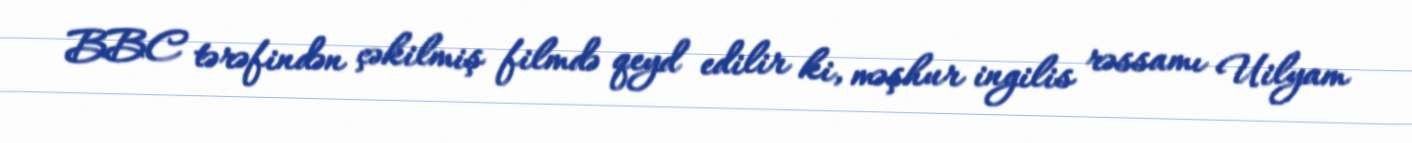
BBC tərəfindən çəkilmiş filmdə qeyd edilir ki, məşhur ingilis rəssamı Uilyam